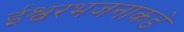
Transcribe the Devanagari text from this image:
ईश्वरभजनाकडे